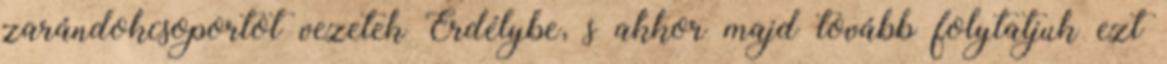
zarándokcsoportot vezetek Erdélybe, s akkor majd tovább folytatjuk ezt